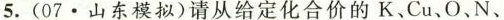
5 .(07.山东模拟)请从给定化合价的K、Cu、O 、N、